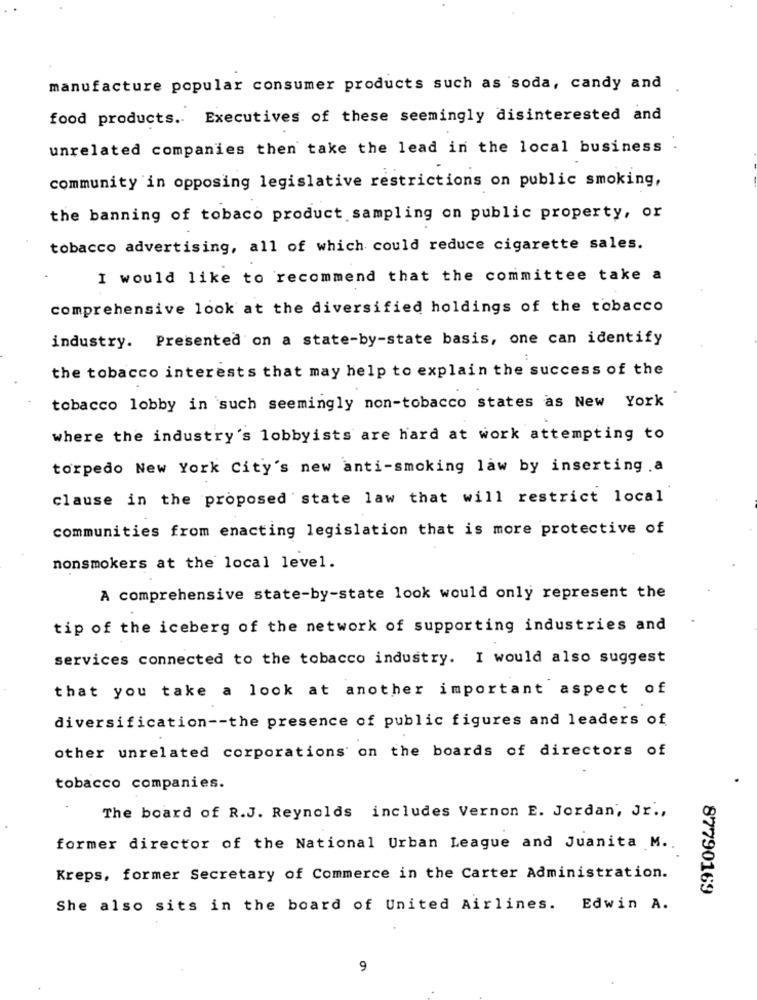
manufacture popular consumer products such as soda, candy and
food products. Executives of these seemingly disinterested and
unrelated companies then take the lead in the local business .
community in opposing legislative restrictions on public smoking,
the banning of tobaco product sampling on public property, or
tobacco advertising, all of which could reduce cigarette sales.
I would like to recommend that the committee take a
comprehensive look at the diversified holdings of the tobacco
industry. Presented on a state-by-state basis, one can identify
the tobacco interests that may help to explain the success of the
tobacco lobby in such seemingly non-tobacco states as New York
where the industry's lobbyists are hard at work attempting to
torpedo New York City's new anti-smoking law by inserting .a
clause in the proposed state law that will restrict local
communities from enacting legislation that is more protective of
nonsmokers at the local level.
A comprehensive state-by-state look would only represent the
tip of the iceberg of the network of supporting industries and
services connected to the tobacco industry. I would also suggest
that you take a look at another important aspect of
diversification -- the presence of public figures and leaders of
other unrelated corporations on the boards of directors of
tobacco companies.
The board of R.J. Reynolds includes Vernon E. Jordan, Jr .,
former director of the National Urban League and Juanita M ..
Kreps, former Secretary of Commerce in the Carter Administration.
87790169
She also sits in the board of United Airlines. Edwin A.
9